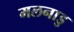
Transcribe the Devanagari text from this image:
मलनाडु